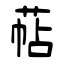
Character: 萜